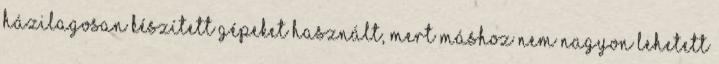
házilagosan készített gépeket használt, mert máshoz nem nagyon lehetett